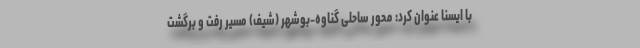
با ایسنا عنوان کرد: محور ساحلی گناوه-بوشهر (شیف) مسیر رفت و برگشت